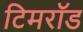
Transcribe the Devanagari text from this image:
टिमरॉड